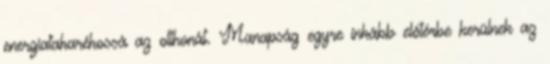
energiatakarékossá az otthonát. Manapság egyre inkább előtérbe kerülnek az